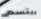
يبتسم